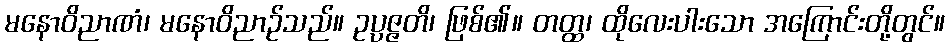
မနောဝိညာဏံ၊ မနောဝိညာဉ်သည်။ ဥပ္ပဇ္ဇတိ၊ ဖြစ်၏။ တတ္ထ၊ ထိုလေးပါးသော အကြောင်းတို့တွင်။